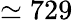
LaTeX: \simeq 729